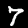
Label: 7